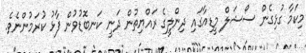
މިކަމާ ގުޅިގެން ސޯޝަލް މީޑިއާގައި ދިންލީގެ ރައްޔިތުން ދަނީ ކަނބޮޑުވުން ފާޅު ކުރަމުންނެވެ.